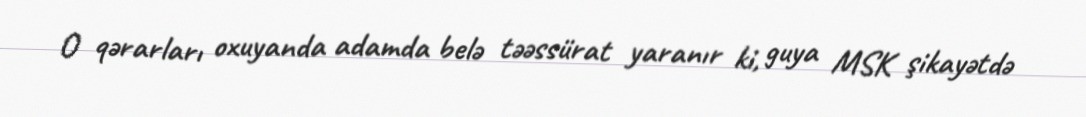
O qərarları oxuyanda adamda belə təəssürat yaranır ki, guya MSK şikayətdə